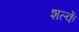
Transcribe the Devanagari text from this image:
शल्कें